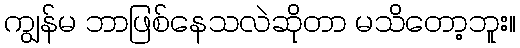
ကျွန်မ ဘာဖြစ်နေသလဲဆိုတာ မသိတော့ဘူး။